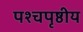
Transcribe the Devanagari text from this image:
पश्चपृष्ठीय